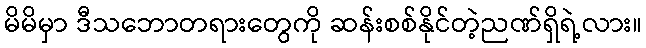
မိမိမှာ ဒီသဘောတရားတွေကို ဆန်းစစ်နိုင်တဲ့ညဏ်ရှိရဲ့လား။